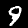
Label: 9